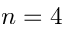
n = 4